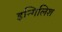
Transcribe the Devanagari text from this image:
इन्गिलिश